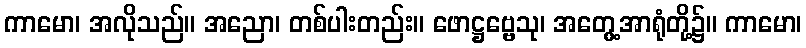
ကာမော၊ အလိုသည်။ အညော၊ တစ်ပါးတည်း။ ဖောဋ္ဌဗ္ဗေသု၊ အတွေ့အာရုံတို့၌။ ကာမော၊